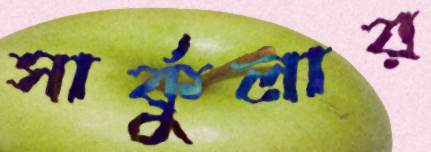
সার্কুলার